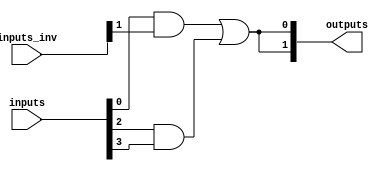
module PAL (
    input wire [N-1:0] inputs,      // N input lines
    input wire [N-1:0] inputs_inv,  // Inverted inputs for programming
    output wire [M-1:0] outputs      // M output lines
);

// Parameters for the number of inputs, AND gates, and outputs
parameter N = 4; // Number of inputs
parameter K = 4; // Number of AND gates
parameter M = 2; // Number of outputs

// Internal signals for product terms from AND gates
wire [K-1:0] product_terms;

// Programmable AND array
genvar i, j;
generate
    for (i = 0; i < K; i = i + 1) begin : AND_ARRAY
        // Each AND gate can be programmed to connect to any combination of inputs
        // For simplicity, we will use a fixed connection here. 
        // In a real PAL, these connections would be configurable.
        assign product_terms[i] = (inputs[0] & inputs_inv[1]) | 
                                   (inputs[2] & inputs[3]); // Example connections
    end
endgenerate

// Fixed OR array
assign outputs[0] = product_terms[0] | product_terms[1]; // Example OR connections
assign outputs[1] = product_terms[2] | product_terms[3]; // Example OR connections

endmodule